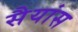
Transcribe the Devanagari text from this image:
सैयांस